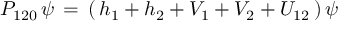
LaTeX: P _ { 1 2 0 } \, \psi \, = \, ( \, h _ { 1 } + h _ { 2 } + V _ { 1 } + V _ { 2 } + U _ { 1 2 } \, ) \, \psi